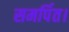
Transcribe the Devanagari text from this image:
समर्पित।